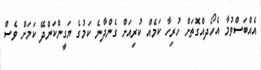
އެއްބަސްވުމާ އެހޯދއްގޮތަށް ހުރިހާ ކަމެއް ކުރިއަށް ގެންދާނެ ކަމުގެ ޔަގީންކަންދޭ ކަމަށް ވެސް